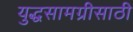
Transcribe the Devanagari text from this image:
युद्धसामग्रीसाठी